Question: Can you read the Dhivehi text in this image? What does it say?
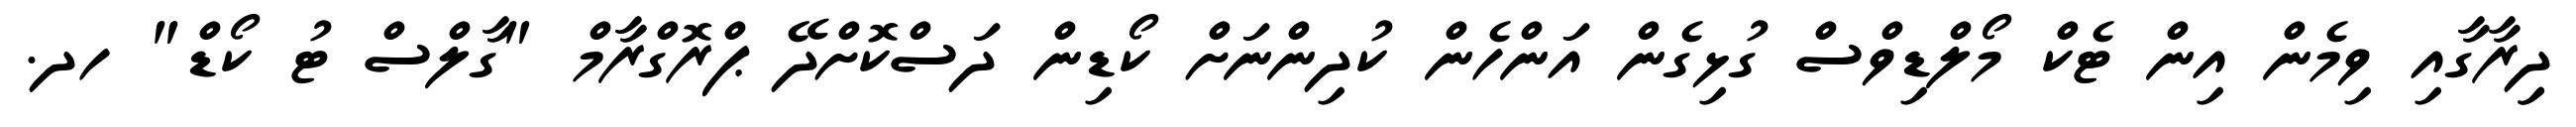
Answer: ދިިރާގާއި ވިމެން އިން ޓެކް މޯލްޑިވްސް ގުޅިގެން އަންހެން ކުދިންނަށް ކޯޑިން ދަސްކޮށްދޭ ޕްރޮގްރާމް "ގާލްސް ޓު ކޯޑް" ހދ.